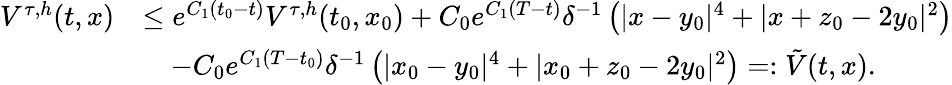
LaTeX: \begin{array}{rl}{V^{\tau,h}(t,x)}&{\leq e^{C_{1}(t_{0}-t)}V^{\tau,h}(t_{0},x_{0})+C_{0}e^{C_{1}(T-t)}\delta^{-1}\left(|x-y_{0}|^{4}+|x+z_{0}-2y_{0}|^{2}\right)}\\ &{\quad-C_{0}e^{C_{1}(T-t_{0})}\delta^{-1}\left(|x_{0}-y_{0}|^{4}+|x_{0}+z_{0}-2y_{0}|^{2}\right)=:\tilde{V}(t,x).}\end{array}